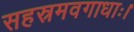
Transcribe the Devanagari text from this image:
सहस्रमवगाधाः।